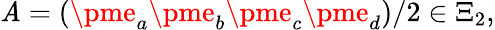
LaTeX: \mathit{A}=(\pme_{a}\pme_{b}\pme_{c}\pme_{d})/2\in\Xi_{2},